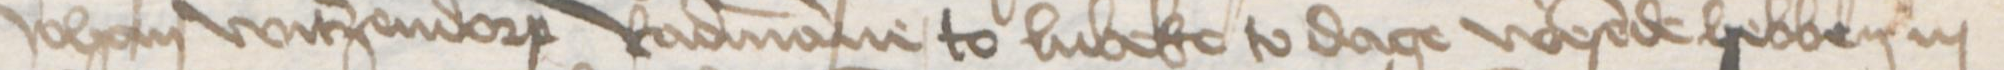
Johan Witzendorp Radmanne to Lubeke to dage wesende hebben in